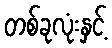
တစ်ခုလုံးနှင့်